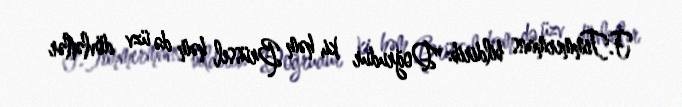
F.Timmermans bildirib: "Doğrudur ki, həm Brüssel, həm də üzv dövlətlər